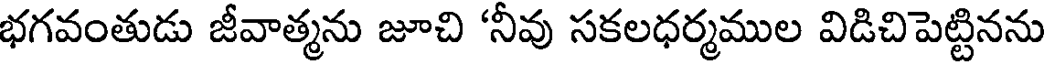
భగవంతుడు జీవాత్మను జూచి "నీవు సకలధర్మముల విడిచి పెట్టినను